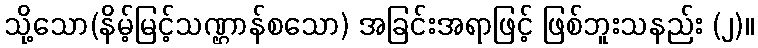
သို့သော(နိမ့်မြင့်သဏ္ဌာန်စသော) အခြင်းအရာဖြင့် ဖြစ်ဘူးသနည်း (၂)။